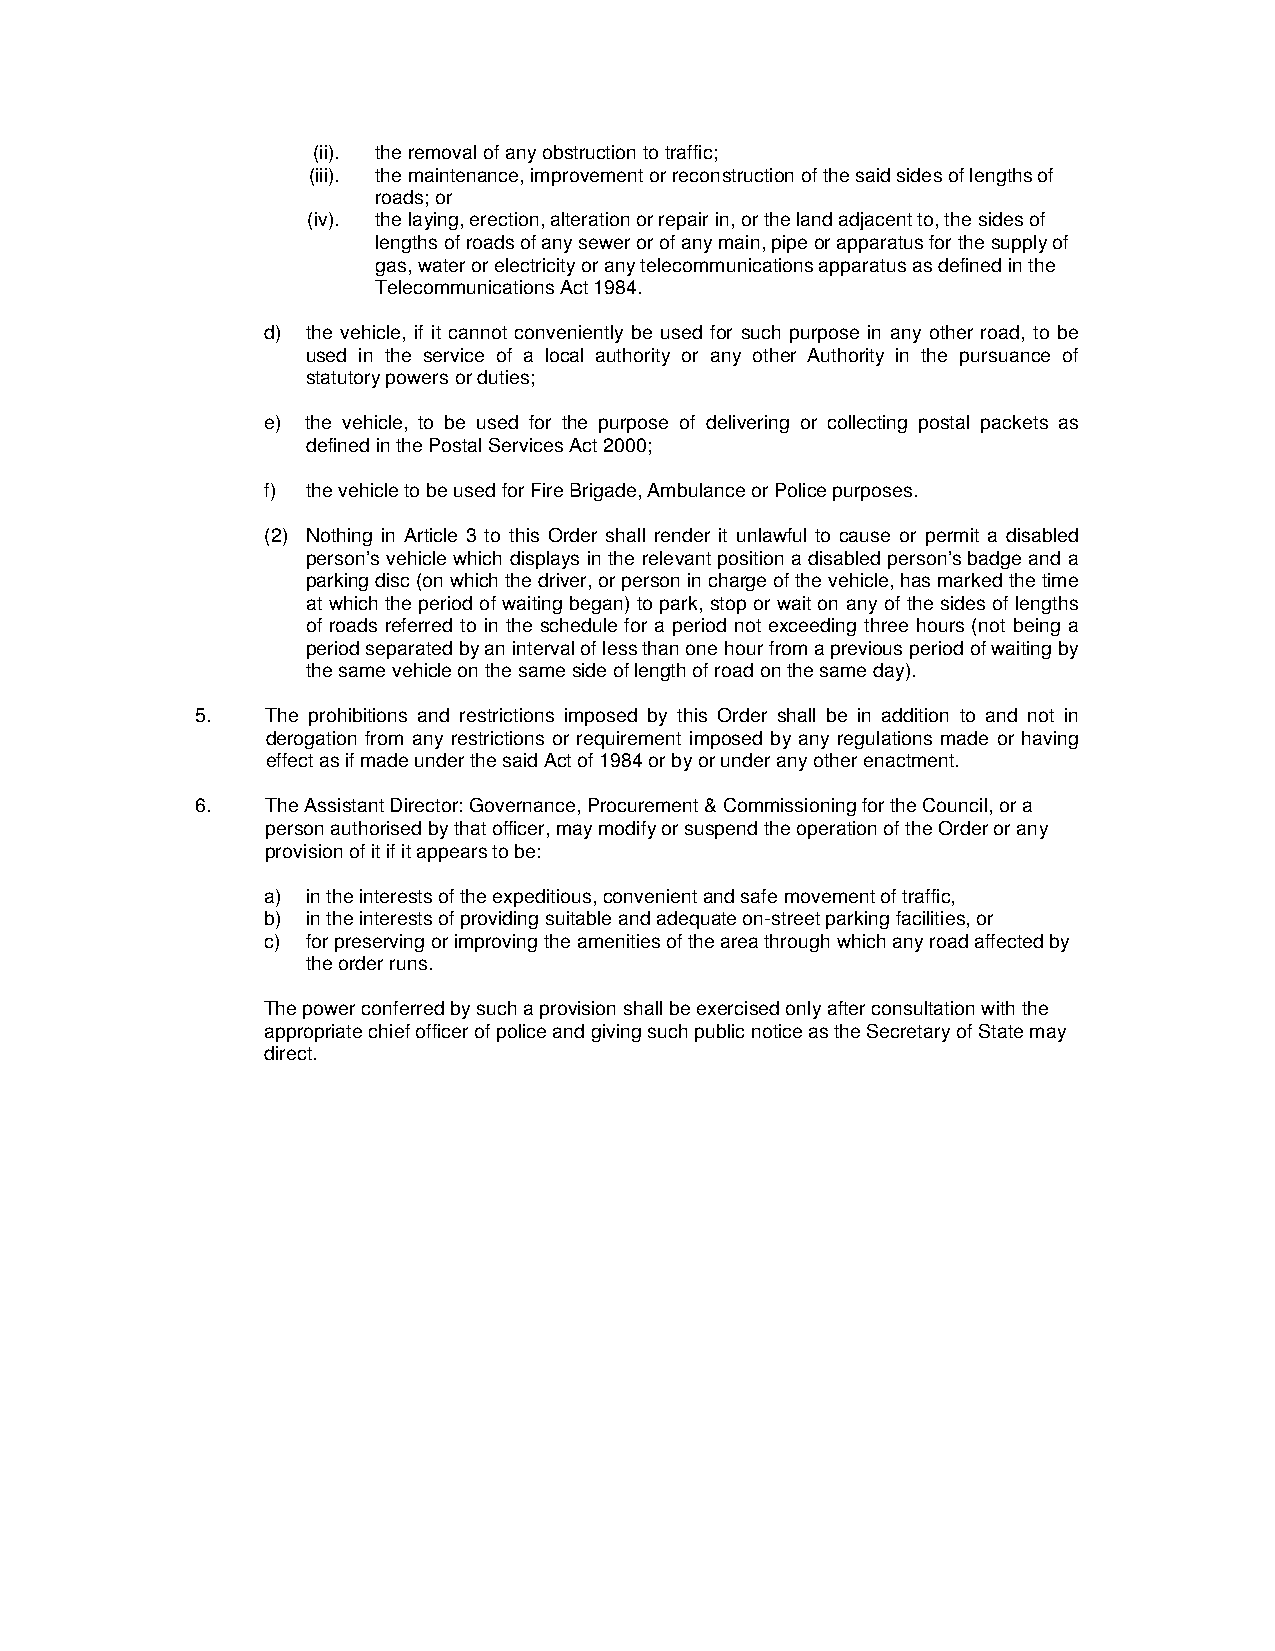
(ii). the removal of any obstruction to traffic;
 (iii). the maintenance, improvement or reconstruction of the said sides of lengths of
 roads; or
 (iv). the laying, erection, alteration or repair in, or the land adjacent to, the sides of
 lengths of roads of any sewer or of any main, pipe or apparatus for the supply of
 gas, water or electricity or any telecommunications apparatus as defined in the
 Telecommunications Act 1984.
 d) the vehicle, if it cannot conveniently be used for such purpose in any other road, to be
 used in the service of a local authority or any other Authority in the pursuance of
 statutory powers or duties;
 e) the vehicle, to be used for the purpose of delivering or collecting postal packets as
 defined in the Postal Services Act 2000;
 f) the vehicle to be used for Fire Brigade, Ambulance or Police purposes.
 (2) Nothing in Article 3 to this Order shall render it unlawful to cause or permit a disabled
 person’s vehicle which displays in the relevant position a disabled person’s badge and a
 parking disc (on which the driver, or person in charge of the vehicle, has marked the time
 at which the period of waiting began) to park, stop or wait on any of the sides of lengths
 of roads referred to in the schedule for a period not exceeding three hours (not being a
 period separated by an interval of less than one hour from a previous period of waiting by
 the same vehicle on the same side of length of road on the same day).
 5.   The prohibitions and restrictions imposed by this Order shall be in addition to and not in
 derogation from any restrictions or requirement imposed by any regulations made or having
 effect as if made under the said Act of 1984 or by or under any other enactment.
 6.   The Assistant Director: Governance, Procurement & Commissioning for the Council, or a
 person authorised by that officer, may modify or suspend the operation of the Order or any
 provision of it if it appears to be:
 a) in the interests of the expeditious, convenient and safe movement of traffic,
 b) in the interests of providing suitable and adequate on-street parking facilities, or
 c) for preserving or improving the amenities of the area through which any road affected by
 the order runs.
 The power conferred by such a provision shall be exercised only after consultation with the
 appropriate chief officer of police and giving such public notice as the Secretary of State may
 direct.